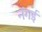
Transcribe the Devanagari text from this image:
नंगई